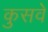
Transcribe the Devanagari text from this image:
कुसवे